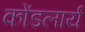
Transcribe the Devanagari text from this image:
कोंडलार्य